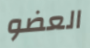
العضو